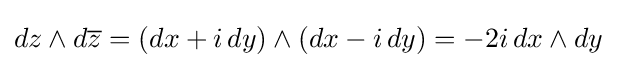
dz\wedge d{\overline {z}}=(dx+i\,dy)\wedge (dx-i\,dy)=-2i\,dx\wedge dy